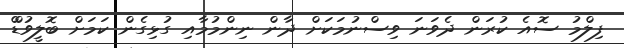
ފިލްމު ސޮއެ ކުރަން ދެވަނަ ވިސްނުމަކަށް ދާން ނިންމުމާއި ގުޅިގެން ކަމަށް ބޮލީވުޑްް